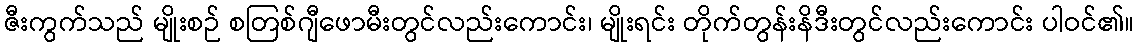
ဇီးကွက်သည် မျိုးစဉ် စတြစ်ဂျီဖောမီးတွင်လည်းကောင်း၊ မျိုးရင်း တိုက်တွန်းနိဒီးတွင်လည်းကောင်း ပါဝင်၏။